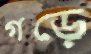
গড়ে